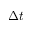
\Delta t